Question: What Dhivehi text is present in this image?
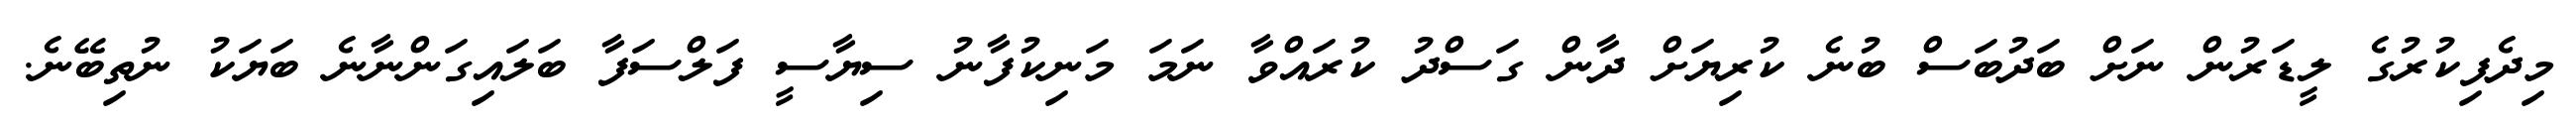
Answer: މިދެފިކުރުގެ ލީޑަރުން ނަށް ބަދުބަސް ބުނެ ކުރިޔަށް ދާން ގަސްދު ކުރައްވާ ނަމަ މަނިކުފާނު ސިޔާސީ ފަލްސަފާ ބަލައިގަންނާނެ ބަޔަކު ނުތިބޭނެ.